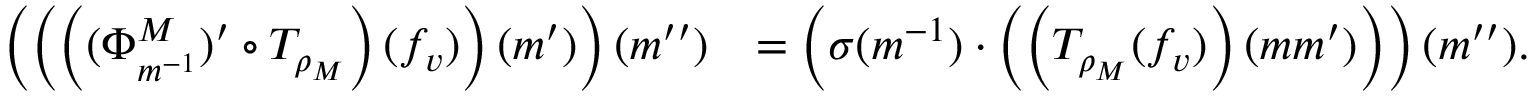
\begin{array} { r l } { \left( \left( \left( ( \Phi _ { m ^ { - 1 } } ^ { M } ) ^ { \prime } \circ T _ { \rho _ { M } } \right) ( f _ { v } ) \right) ( m ^ { \prime } ) \right) ( m ^ { \prime \prime } ) } & { = \left( \sigma ( m ^ { - 1 } ) \cdot \left( \left( T _ { \rho _ { M } } ( f _ { v } ) \right) ( m m ^ { \prime } ) \right) \right) ( m ^ { \prime \prime } ) . } \end{array}